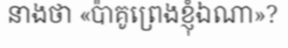
នាងថា «ប៉ាគូព្រេងខ្ញុំឯណា»?